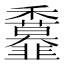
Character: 𩐖